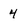
Character: 4